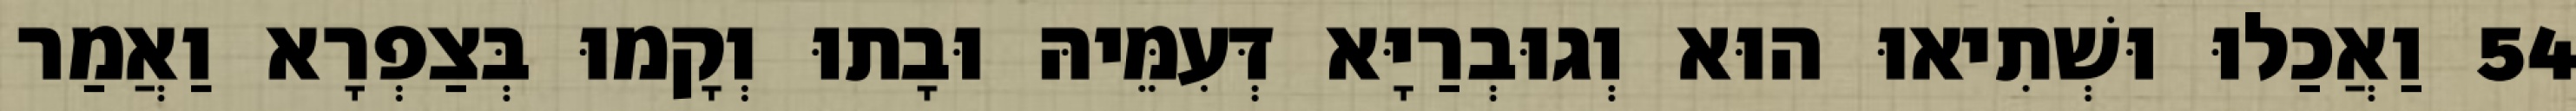
54 וַאֲכַלוּ וּשְׁתִיאוּ הוּא וְגוּבְרַיָּא דְּעִמֵּיהּ וּבָתוּ וְקָמוּ בְּצַפְרָא וַאֲמַר